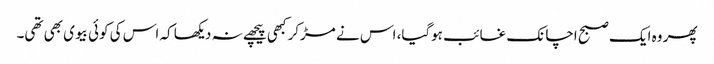
پھر وہ ایک صبح اچانک غائب ہوگیا، اس نے مڑکر کبھی پیچھے نہ دیکھا کہ اس کی کوئی بیوی بھی تھی۔